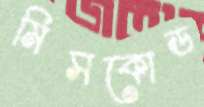
মিসকোড